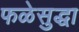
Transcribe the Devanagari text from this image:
फळेसुद्धा